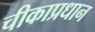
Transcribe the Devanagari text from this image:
चीकाप्रधान